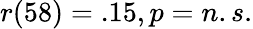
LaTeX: r(58)=.15,p=n.s.